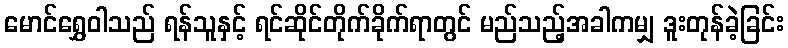
မောင်ရွှေဝါသည် ရန်သူနှင့် ရင်ဆိုင်တိုက်ခိုက်ရာတွင် မည်သည့်အခါကမျှ ဒူးတုန်ခဲ့ခြင်း